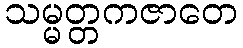
သမ္မတ္တကဇာတေ